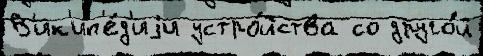
В'ик'ип'е́д'иjи устро́йства со друго́й